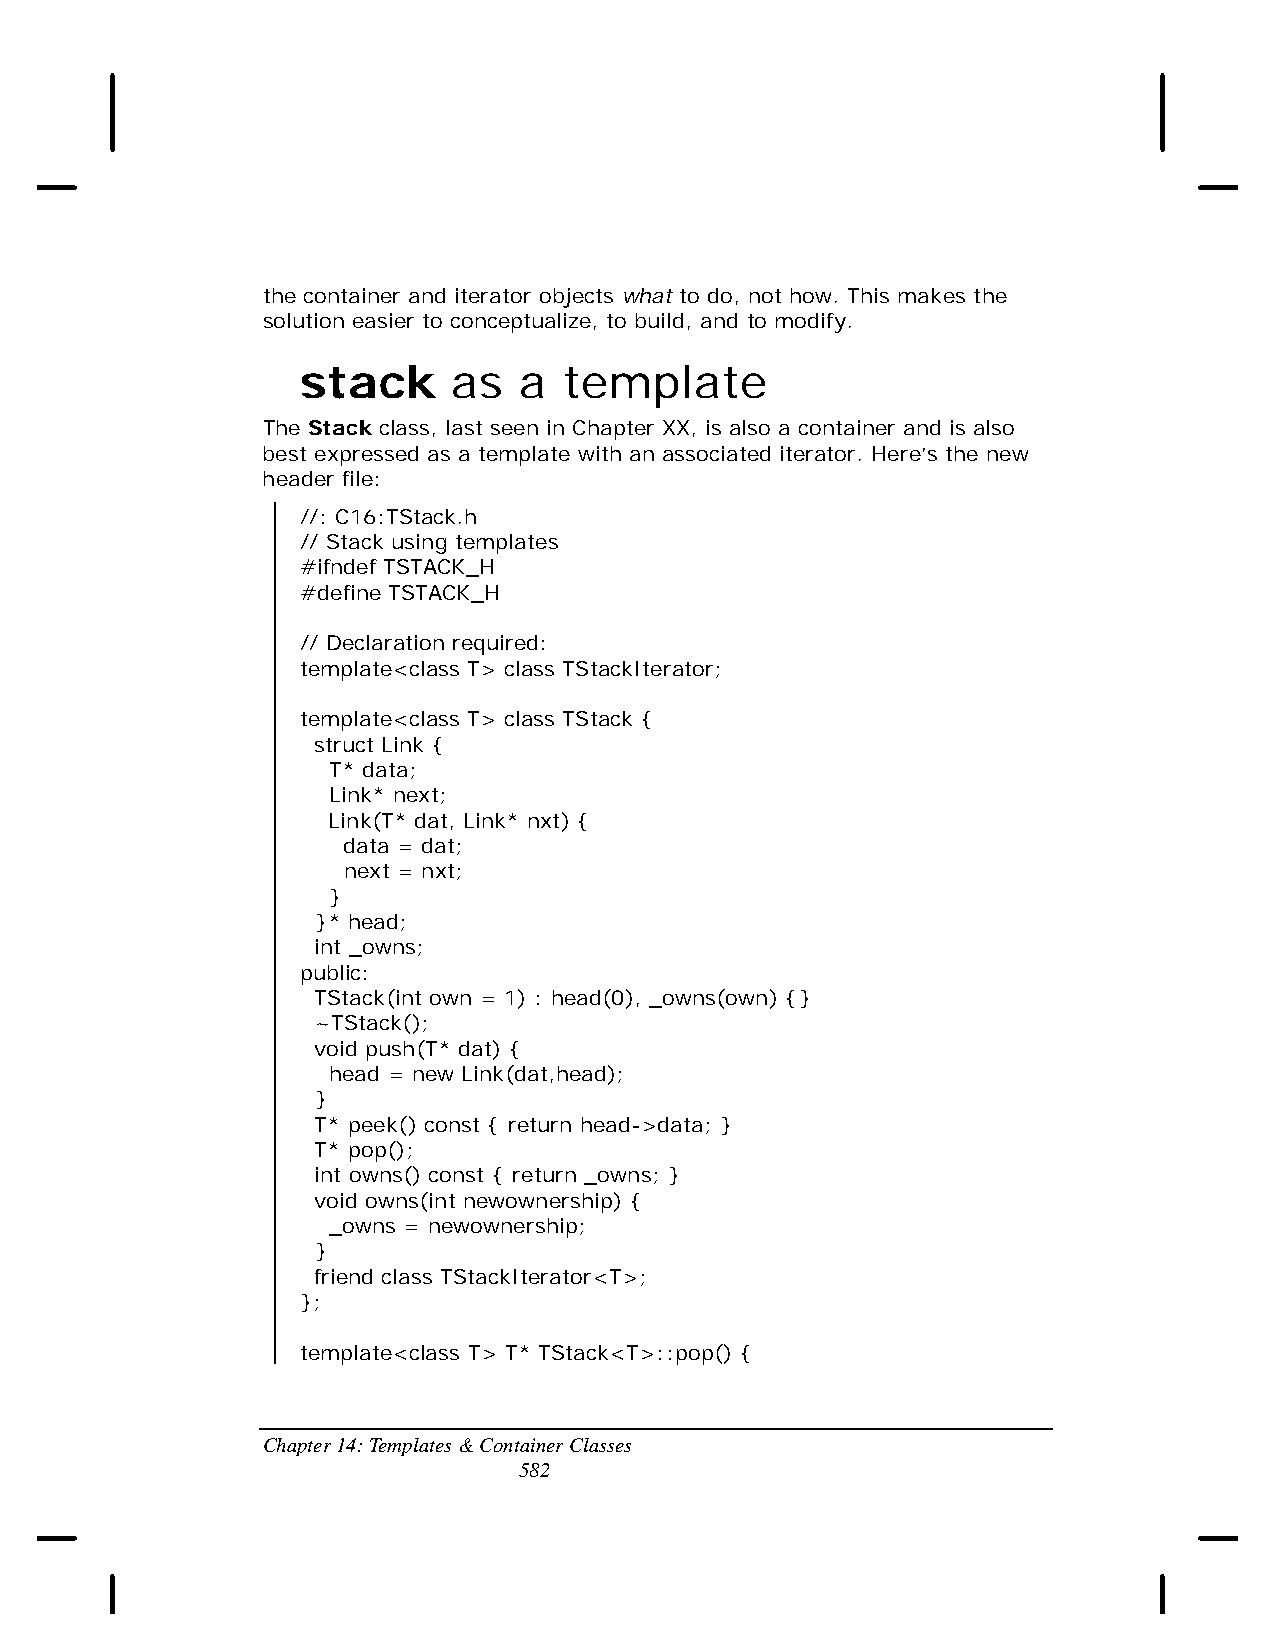
the container and iterator objects what to do, not how. This makes the
 solution easier to conceptualize, to build, and to modify.
 stack     as  a  template
 The Stack class, last seen in Chapter XX, is also a container and is also
 best expressed as a template with an associated iterator. Here’s the new
 header file:
 //: C16:TStack.h
 // Stack using templates
 #ifndef TSTACK_H
 #define TSTACK_H
 // Declaration required:
 template<class T> class TStackIterator;
 template<class T> class TStack {
 struct Link {
 T* data;
 Link* next;
 Link(T* dat, Link* nxt) {
 data = dat;
 next = nxt;
 }
 }* head;
 int _owns;
 public:
 TStack(int own = 1) : head(0), _owns(own) {}
 ~TStack();
 void push(T* dat) {
 head = new Link(dat,head);
 }
 T* peek() const { return head->data; }
 T* pop();
 int owns() const { return _owns; }
 void owns(int newownership) {
 _owns = newownership;
 }
 friend class TStackIterator<T>;
 };
 template<class T> T* TStack<T>::pop() {
 Chapter 14: Templates & Container Classes
 582